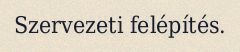
Szervezeti felépítés.